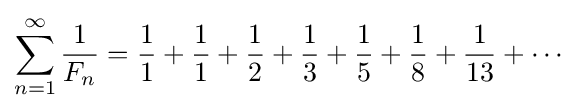
\sum _{n=1}^{\infty }{\frac {1}{F_{n}}}={\frac {1}{1}}+{\frac {1}{1}}+{\frac {1}{2}}+{\frac {1}{3}}+{\frac {1}{5}}+{\frac {1}{8}}+{\frac {1}{13}}+\cdots